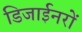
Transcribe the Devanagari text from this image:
डिजाईनरों